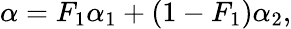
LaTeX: \alpha=F_{1}\alpha_{1}+\left(1-F_{1}\right)\alpha_{2},